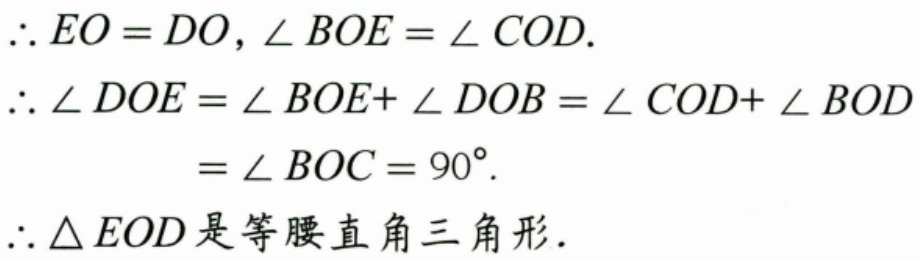
\(\therefore EO = DO\)，\(\angle BOE=\angle COD\).
\(\therefore\angle DOE=\angle BOE + \angle DOB=\angle COD+\angle BOD\)
\(=\angle BOC = 90^{\circ}\).
\(\therefore\triangle EOD\)是等腰直角三角形.